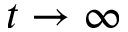
t \rightarrow \infty